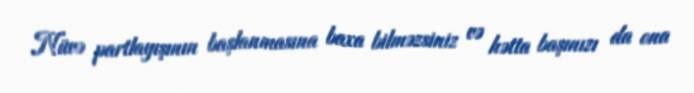
Nüvə partlayışının başlanmasına baxa bilməzsiniz və hətta başınızı da ona